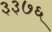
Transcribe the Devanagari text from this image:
३३७६